Vabadussoja_Ajaloo_Komitee, lk 12
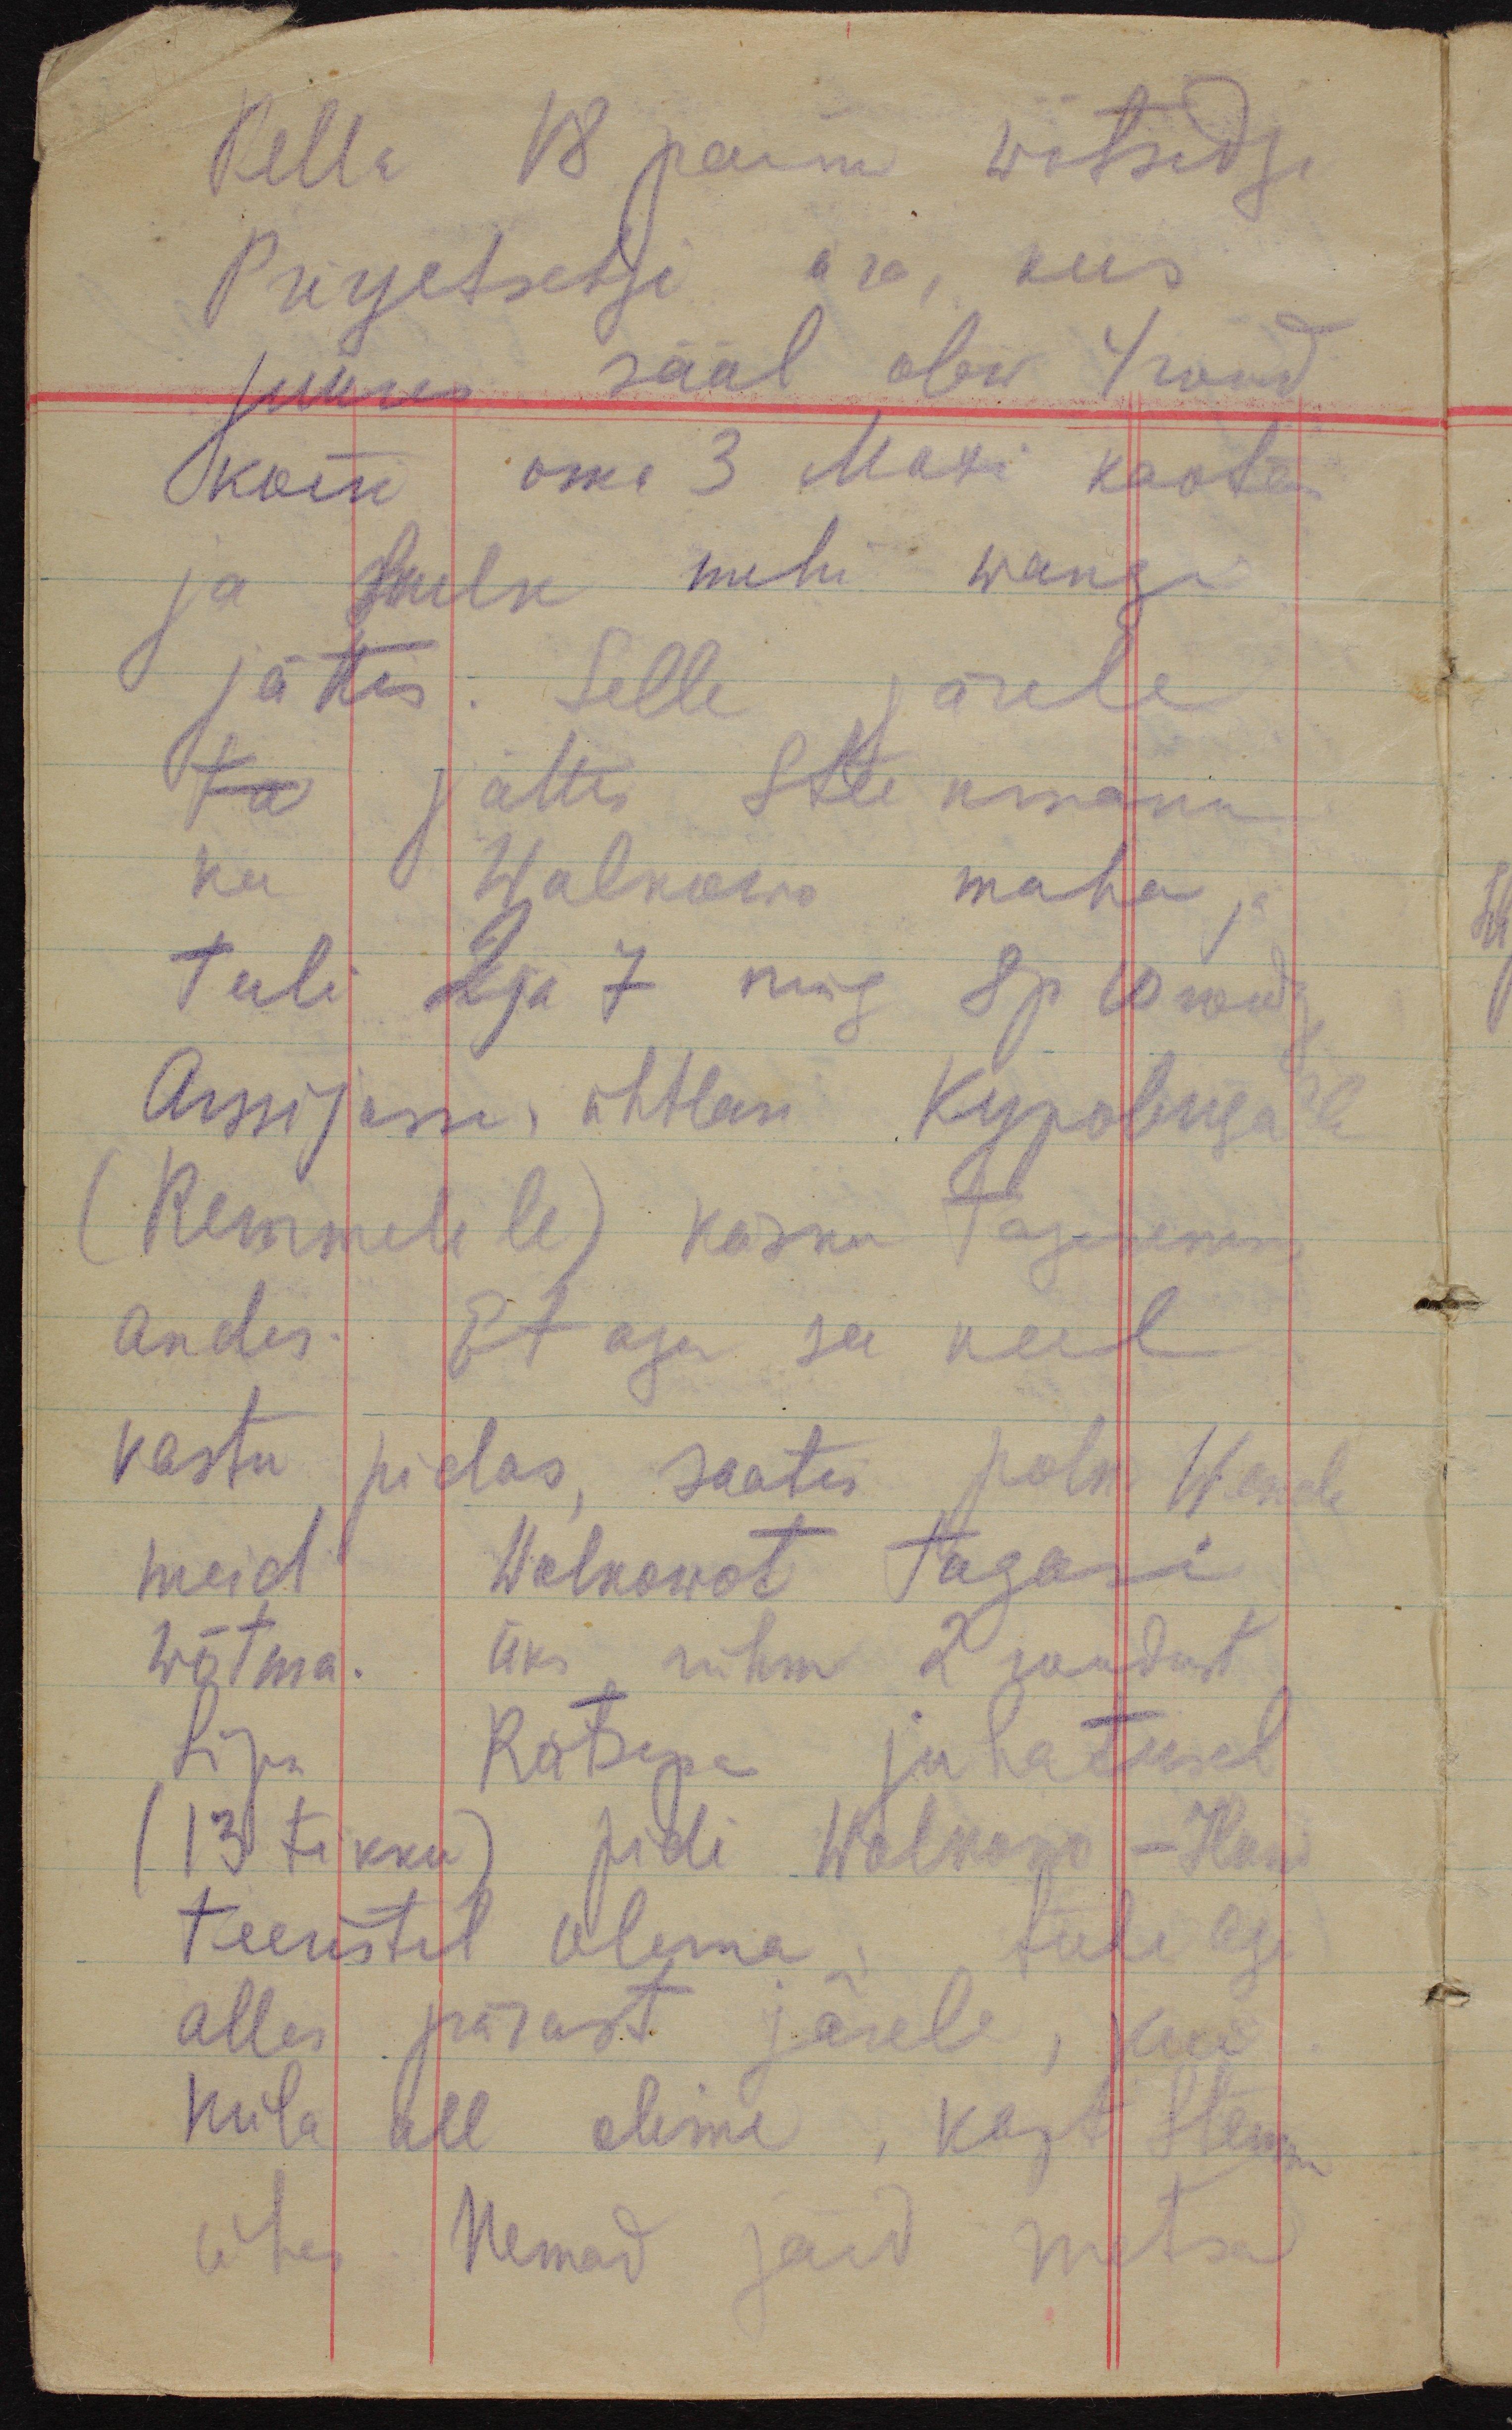
Kella 18 paiku wõtsidgi
Prirjetschje ära, kus
juures sääl olew 4 rood
kõik oma 3 Maxi kaotas
ja hulk mehi wangi
jättis. Selle järele
ta jättis  Steinmann
ka  Wolkowo maha ja
tuli 2 ja 7 ning 8 p 10 rooduga
Arssijasse, ühtlasi Куроица´le
(Remmelile) käsku taganema
andes. Et aga see neil
vastu pidas, saatis polk. Wende
meid Wolkowot tagasi
wõtma. Üks rühm 2 roodust
Lipn Rätsepa juhatusel
(13 tikku) pidi Wolkowo - Hani
teeristil olema, tuli aga
alles pärast järele, kui
küla all olime, kapt. Steinmann
ühes. Nemad jäid metsa